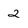
Character: 2